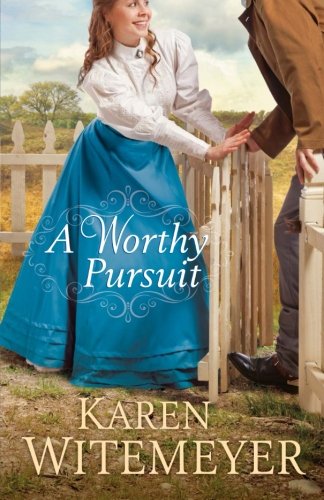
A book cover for A Worthy Pursuit; Karen Witemeyer; Literature & Fiction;